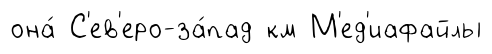
она́ С'ев'еро-за́пад км М'ед'иафайлы